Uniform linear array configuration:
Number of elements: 4
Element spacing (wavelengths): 0.5
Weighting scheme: exponential
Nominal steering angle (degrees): -45
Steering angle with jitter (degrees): -43.37
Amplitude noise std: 0.05
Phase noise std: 0.05

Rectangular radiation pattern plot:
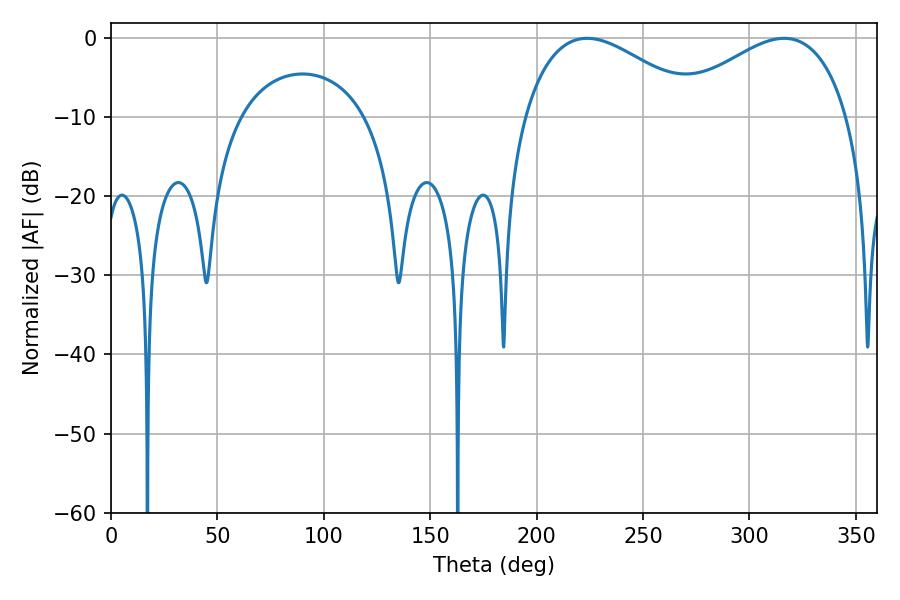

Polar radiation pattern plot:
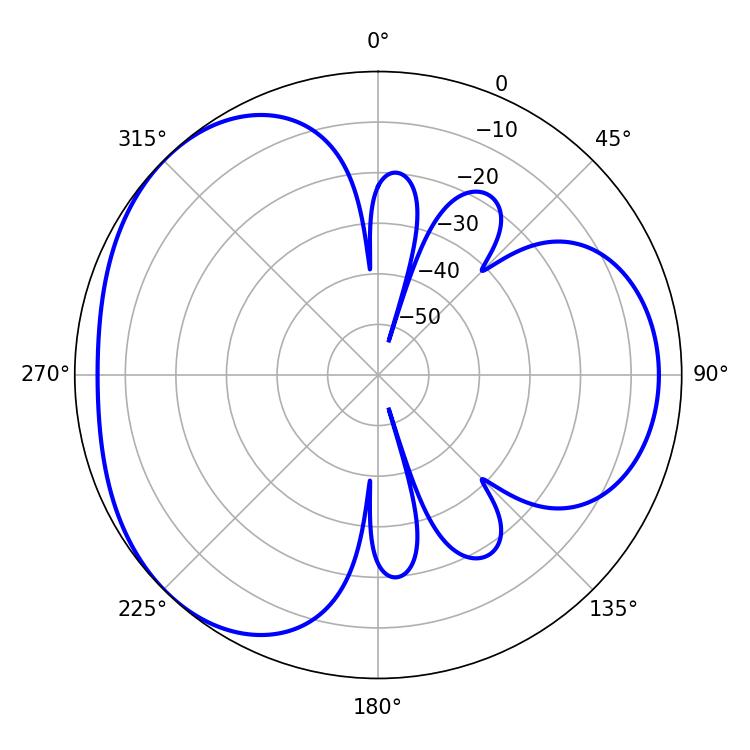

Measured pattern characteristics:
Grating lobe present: FALSE
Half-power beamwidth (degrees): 45.54
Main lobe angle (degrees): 223.74